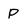
Character: P